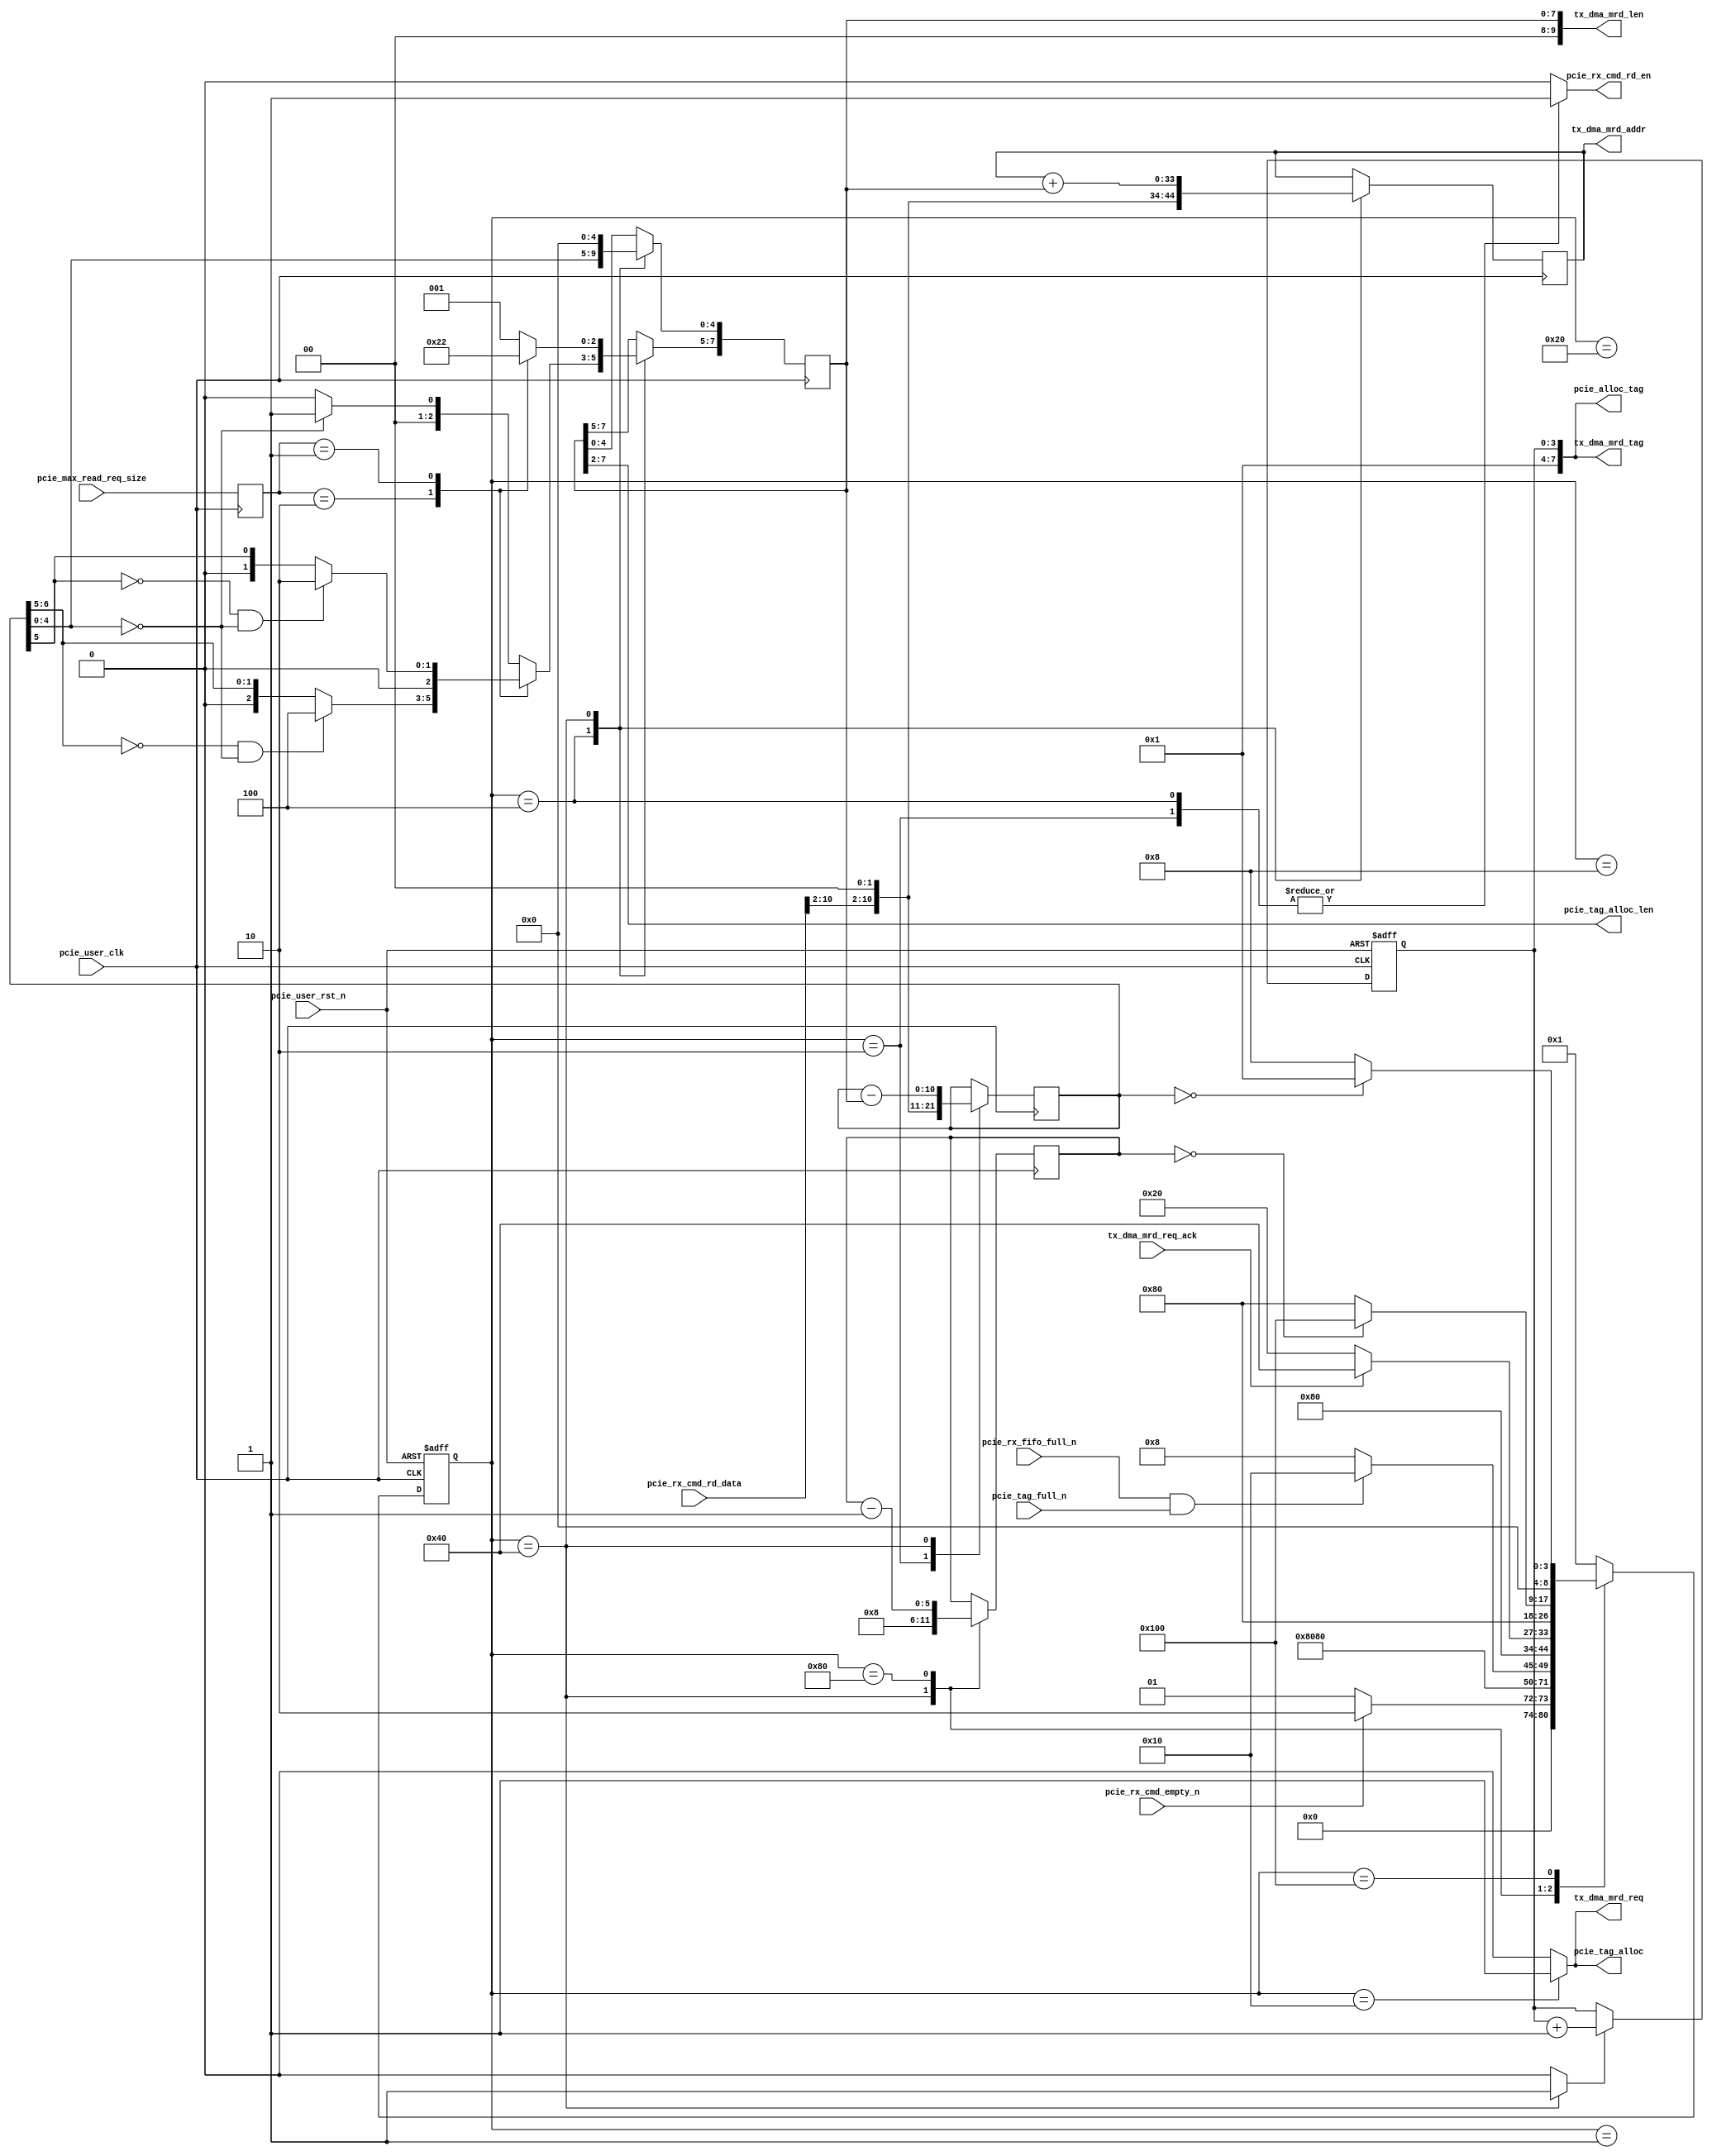

/*
----------------------------------------------------------------------------------
Copyright (c) 2013-2014

  Embedded and Network Computing Lab.
  Open SSD Project
  Hanyang University

All rights reserved.

----------------------------------------------------------------------------------

Redistribution and use in source and binary forms, with or without
modification, are permitted provided that the following conditions are
met:

  1. Redistributions of source code must retain the above copyright
     notice, this list of conditions and the following disclaimer.

  2. Redistributions in binary form must reproduce the above copyright
     notice, this list of conditions and the following disclaimer in the
     documentation and/or other materials provided with the distribution.

  3. All advertising materials mentioning features or use of this source code
     must display the following acknowledgement:
     This product includes source code developed 
     by the Embedded and Network Computing Lab. and the Open SSD Project.

THIS SOFTWARE IS PROVIDED BY THE COPYRIGHT HOLDERS AND CONTRIBUTORS "AS IS" AND
ANY EXPRESS OR IMPLIED WARRANTIES, INCLUDING, BUT NOT LIMITED TO, THE IMPLIED
WARRANTIES OF MERCHANTABILITY AND FITNESS FOR A PARTICULAR PURPOSE ARE
DISCLAIMED. IN NO EVENT SHALL THE COPYRIGHT OWNER OR CONTRIBUTORS BE LIABLE FOR
ANY DIRECT, INDIRECT, INCIDENTAL, SPECIAL, EXEMPLARY, OR CONSEQUENTIAL DAMAGES
(INCLUDING, BUT NOT LIMITED TO, PROCUREMENT OF SUBSTITUTE GOODS OR SERVICES;
LOSS OF USE, DATA, OR PROFITS; OR BUSINESS INTERRUPTION) HOWEVER CAUSED AND
ON ANY THEORY OF LIABILITY, WHETHER IN CONTRACT, STRICT LIABILITY, OR TORT
(INCLUDING NEGLIGENCE OR OTHERWISE) ARISING IN ANY WAY OUT OF THE USE OF THIS
SOFTWARE, EVEN IF ADVISED OF THE POSSIBILITY OF SUCH DAMAGE.

----------------------------------------------------------------------------------

http://enclab.hanyang.ac.kr/
http://www.openssd-project.org/
http://www.hanyang.ac.kr/

----------------------------------------------------------------------------------
*/

`timescale 1ns / 1ps

module pcie_rx_req # (
	parameter	P_PCIE_DATA_WIDTH			= 128,
	parameter	C_PCIE_ADDR_WIDTH			= 36
)
(
	input									pcie_user_clk,
	input									pcie_user_rst_n,

	input	[2:0]							pcie_max_read_req_size,

	output									pcie_rx_cmd_rd_en,
	input	[33:0]							pcie_rx_cmd_rd_data,
	input									pcie_rx_cmd_empty_n,

	output									pcie_tag_alloc,
	output	[7:0]							pcie_alloc_tag,
	output	[9:4]							pcie_tag_alloc_len,
	input									pcie_tag_full_n,
	input									pcie_rx_fifo_full_n,

	output									tx_dma_mrd_req,
	output	[7:0]							tx_dma_mrd_tag,
	output	[11:2]							tx_dma_mrd_len,
	output	[C_PCIE_ADDR_WIDTH-1:2]			tx_dma_mrd_addr,
	input									tx_dma_mrd_req_ack
);

localparam	LP_PCIE_TAG_PREFIX				= 4'b0001;
localparam	LP_PCIE_MRD_DELAY				= 8;

localparam	S_IDLE							= 9'b000000001;
localparam	S_PCIE_RX_CMD_0					= 9'b000000010;
localparam	S_PCIE_RX_CMD_1					= 9'b000000100;
localparam	S_PCIE_CHK_NUM_MRD				= 9'b000001000;
localparam	S_PCIE_MRD_REQ					= 9'b000010000;
localparam	S_PCIE_MRD_ACK					= 9'b000100000;
localparam	S_PCIE_MRD_DONE					= 9'b001000000;
localparam	S_PCIE_MRD_DELAY				= 9'b010000000;
localparam	S_PCIE_MRD_NEXT					= 9'b100000000;


reg		[8:0]								cur_state;
reg		[8:0]								next_state;

reg		[2:0]								r_pcie_max_read_req_size;

reg											r_pcie_rx_cmd_rd_en;

reg		[12:2]								r_pcie_rx_len;
reg		[9:2]								r_pcie_rx_cur_len;
reg		[C_PCIE_ADDR_WIDTH-1:2]				r_pcie_addr;
reg		[3:0]								r_pcie_rx_tag;
reg											r_pcie_rx_tag_update;
reg		[5:0]								r_pcie_mrd_delay;

reg											r_pcie_tag_alloc;
reg											r_tx_dma_mrd_req;

assign pcie_rx_cmd_rd_en = r_pcie_rx_cmd_rd_en;

assign pcie_tag_alloc = r_pcie_tag_alloc;
assign pcie_alloc_tag = {LP_PCIE_TAG_PREFIX, r_pcie_rx_tag};
assign pcie_tag_alloc_len = r_pcie_rx_cur_len[9:4];

assign tx_dma_mrd_req = r_tx_dma_mrd_req;
assign tx_dma_mrd_tag = {LP_PCIE_TAG_PREFIX, r_pcie_rx_tag};
assign tx_dma_mrd_len = {2'b0, r_pcie_rx_cur_len};
assign tx_dma_mrd_addr = r_pcie_addr;

always @ (posedge pcie_user_clk or negedge pcie_user_rst_n)
begin
	if(pcie_user_rst_n == 0)
		cur_state <= S_IDLE;
	else
		cur_state <= next_state;
end

always @ (*)
begin
	case(cur_state)
		S_IDLE: begin
			if(pcie_rx_cmd_empty_n == 1)
				next_state <= S_PCIE_RX_CMD_0;
			else
				next_state <= S_IDLE;
		end
		S_PCIE_RX_CMD_0: begin
			next_state <= S_PCIE_RX_CMD_1;
		end
		S_PCIE_RX_CMD_1: begin
			next_state <= S_PCIE_CHK_NUM_MRD;
		end
		S_PCIE_CHK_NUM_MRD: begin
			if(pcie_rx_fifo_full_n == 1 && pcie_tag_full_n == 1)
				next_state <= S_PCIE_MRD_REQ;
			else
				next_state <= S_PCIE_CHK_NUM_MRD;
		end
		S_PCIE_MRD_REQ: begin
			next_state <= S_PCIE_MRD_ACK;
		end
		S_PCIE_MRD_ACK: begin
			if(tx_dma_mrd_req_ack == 1)
				next_state <= S_PCIE_MRD_DONE;
			else
				next_state <= S_PCIE_MRD_ACK;
		end
		S_PCIE_MRD_DONE: begin
			next_state <= S_PCIE_MRD_DELAY;
		end
		S_PCIE_MRD_DELAY: begin
			if(r_pcie_mrd_delay == 0)
				next_state <= S_PCIE_MRD_NEXT;
			else
				next_state <= S_PCIE_MRD_DELAY;
		end
		S_PCIE_MRD_NEXT: begin
			if(r_pcie_rx_len == 0)
				next_state <= S_IDLE;
			else
				next_state <= S_PCIE_CHK_NUM_MRD;
		end
		default: begin
			next_state <= S_IDLE;
		end
	endcase
end


always @ (posedge pcie_user_clk or negedge pcie_user_rst_n)
begin
	if(pcie_user_rst_n == 0) begin
		r_pcie_rx_tag <= 0;
	end
	else begin
		if(r_pcie_rx_tag_update == 1)
			r_pcie_rx_tag <= r_pcie_rx_tag + 1;
	end
end

always @ (posedge pcie_user_clk)
begin
	r_pcie_max_read_req_size <= pcie_max_read_req_size;
end

always @ (posedge pcie_user_clk)
begin
	case(cur_state)
		S_IDLE: begin

		end
		S_PCIE_RX_CMD_0: begin
			r_pcie_rx_len <= {pcie_rx_cmd_rd_data[10:2], 2'b0};
		end
		S_PCIE_RX_CMD_1: begin
			case(r_pcie_max_read_req_size)
				3'b010: begin
					if(r_pcie_rx_len[8:7] == 0 && r_pcie_rx_len[6:2] == 0)
						r_pcie_rx_cur_len[9:7] <= 3'b100;
					else
						r_pcie_rx_cur_len[9:7] <= {1'b0, r_pcie_rx_len[8:7]};
				end
				3'b001: begin
					if(r_pcie_rx_len[7] == 0 && r_pcie_rx_len[6:2] == 0)
						r_pcie_rx_cur_len[9:7] <= 3'b010;
					else
						r_pcie_rx_cur_len[9:7] <= {2'b0, r_pcie_rx_len[7]};
				end
				default: begin
					if(r_pcie_rx_len[6:2] == 0)
						r_pcie_rx_cur_len[9:7] <= 3'b001;
					else
						r_pcie_rx_cur_len[9:7] <= 3'b000;
				end
			endcase

			r_pcie_rx_cur_len[6:2] <= r_pcie_rx_len[6:2];
			r_pcie_addr <= {pcie_rx_cmd_rd_data[33:2], 2'b0};
		end
		S_PCIE_CHK_NUM_MRD: begin

		end
		S_PCIE_MRD_REQ: begin

		end
		S_PCIE_MRD_ACK: begin

		end
		S_PCIE_MRD_DONE: begin
			r_pcie_addr <= r_pcie_addr + r_pcie_rx_cur_len;
			r_pcie_rx_len <= r_pcie_rx_len - r_pcie_rx_cur_len;

			case(r_pcie_max_read_req_size)
				3'b010: r_pcie_rx_cur_len <= 8'h80;
				3'b001: r_pcie_rx_cur_len <= 8'h40;
				default: r_pcie_rx_cur_len <= 8'h20;
			endcase
			
			r_pcie_mrd_delay <= LP_PCIE_MRD_DELAY;
		end
		S_PCIE_MRD_DELAY: begin
			r_pcie_mrd_delay <= r_pcie_mrd_delay - 1'b1;
		end
		S_PCIE_MRD_NEXT: begin

		end
		default: begin

		end
	endcase
end

always @ (*)
begin
	case(cur_state)
		S_IDLE: begin
			r_pcie_rx_cmd_rd_en <= 0;
			r_pcie_tag_alloc <= 0;
			r_tx_dma_mrd_req <= 0;
			r_pcie_rx_tag_update <= 0;
		end
		S_PCIE_RX_CMD_0: begin
			r_pcie_rx_cmd_rd_en <= 1;
			r_pcie_tag_alloc <= 0;
			r_tx_dma_mrd_req <= 0;
			r_pcie_rx_tag_update <= 0;
		end
		S_PCIE_RX_CMD_1: begin
			r_pcie_rx_cmd_rd_en <= 1;
			r_pcie_tag_alloc <= 0;
			r_tx_dma_mrd_req <= 0;
			r_pcie_rx_tag_update <= 0;
		end
		S_PCIE_CHK_NUM_MRD: begin
			r_pcie_rx_cmd_rd_en <= 0;
			r_pcie_tag_alloc <= 0;
			r_tx_dma_mrd_req <= 0;
			r_pcie_rx_tag_update <= 0;
		end
		S_PCIE_MRD_REQ: begin
			r_pcie_rx_cmd_rd_en <= 0;
			r_pcie_tag_alloc <= 1;
			r_tx_dma_mrd_req <= 1;
			r_pcie_rx_tag_update <= 0;
		end
		S_PCIE_MRD_ACK: begin
			r_pcie_rx_cmd_rd_en <= 0;
			r_pcie_tag_alloc <= 0;
			r_tx_dma_mrd_req <= 0;
			r_pcie_rx_tag_update <= 0;
		end
		S_PCIE_MRD_DONE: begin
			r_pcie_rx_cmd_rd_en <= 0;
			r_pcie_tag_alloc <= 0;
			r_tx_dma_mrd_req <= 0;
			r_pcie_rx_tag_update <= 1;
		end
		S_PCIE_MRD_DELAY: begin
			r_pcie_rx_cmd_rd_en <= 0;
			r_pcie_tag_alloc <= 0;
			r_tx_dma_mrd_req <= 0;
			r_pcie_rx_tag_update <= 0;
		end
		S_PCIE_MRD_NEXT: begin
			r_pcie_rx_cmd_rd_en <= 0;
			r_pcie_tag_alloc <= 0;
			r_tx_dma_mrd_req <= 0;
			r_pcie_rx_tag_update <= 0;
		end
		default: begin
			r_pcie_rx_cmd_rd_en <= 0;
			r_pcie_tag_alloc <= 0;
			r_tx_dma_mrd_req <= 0;
			r_pcie_rx_tag_update <= 0;
		end
	endcase
end

endmodule